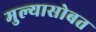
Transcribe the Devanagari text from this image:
मुल्यासोबत